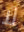
لا